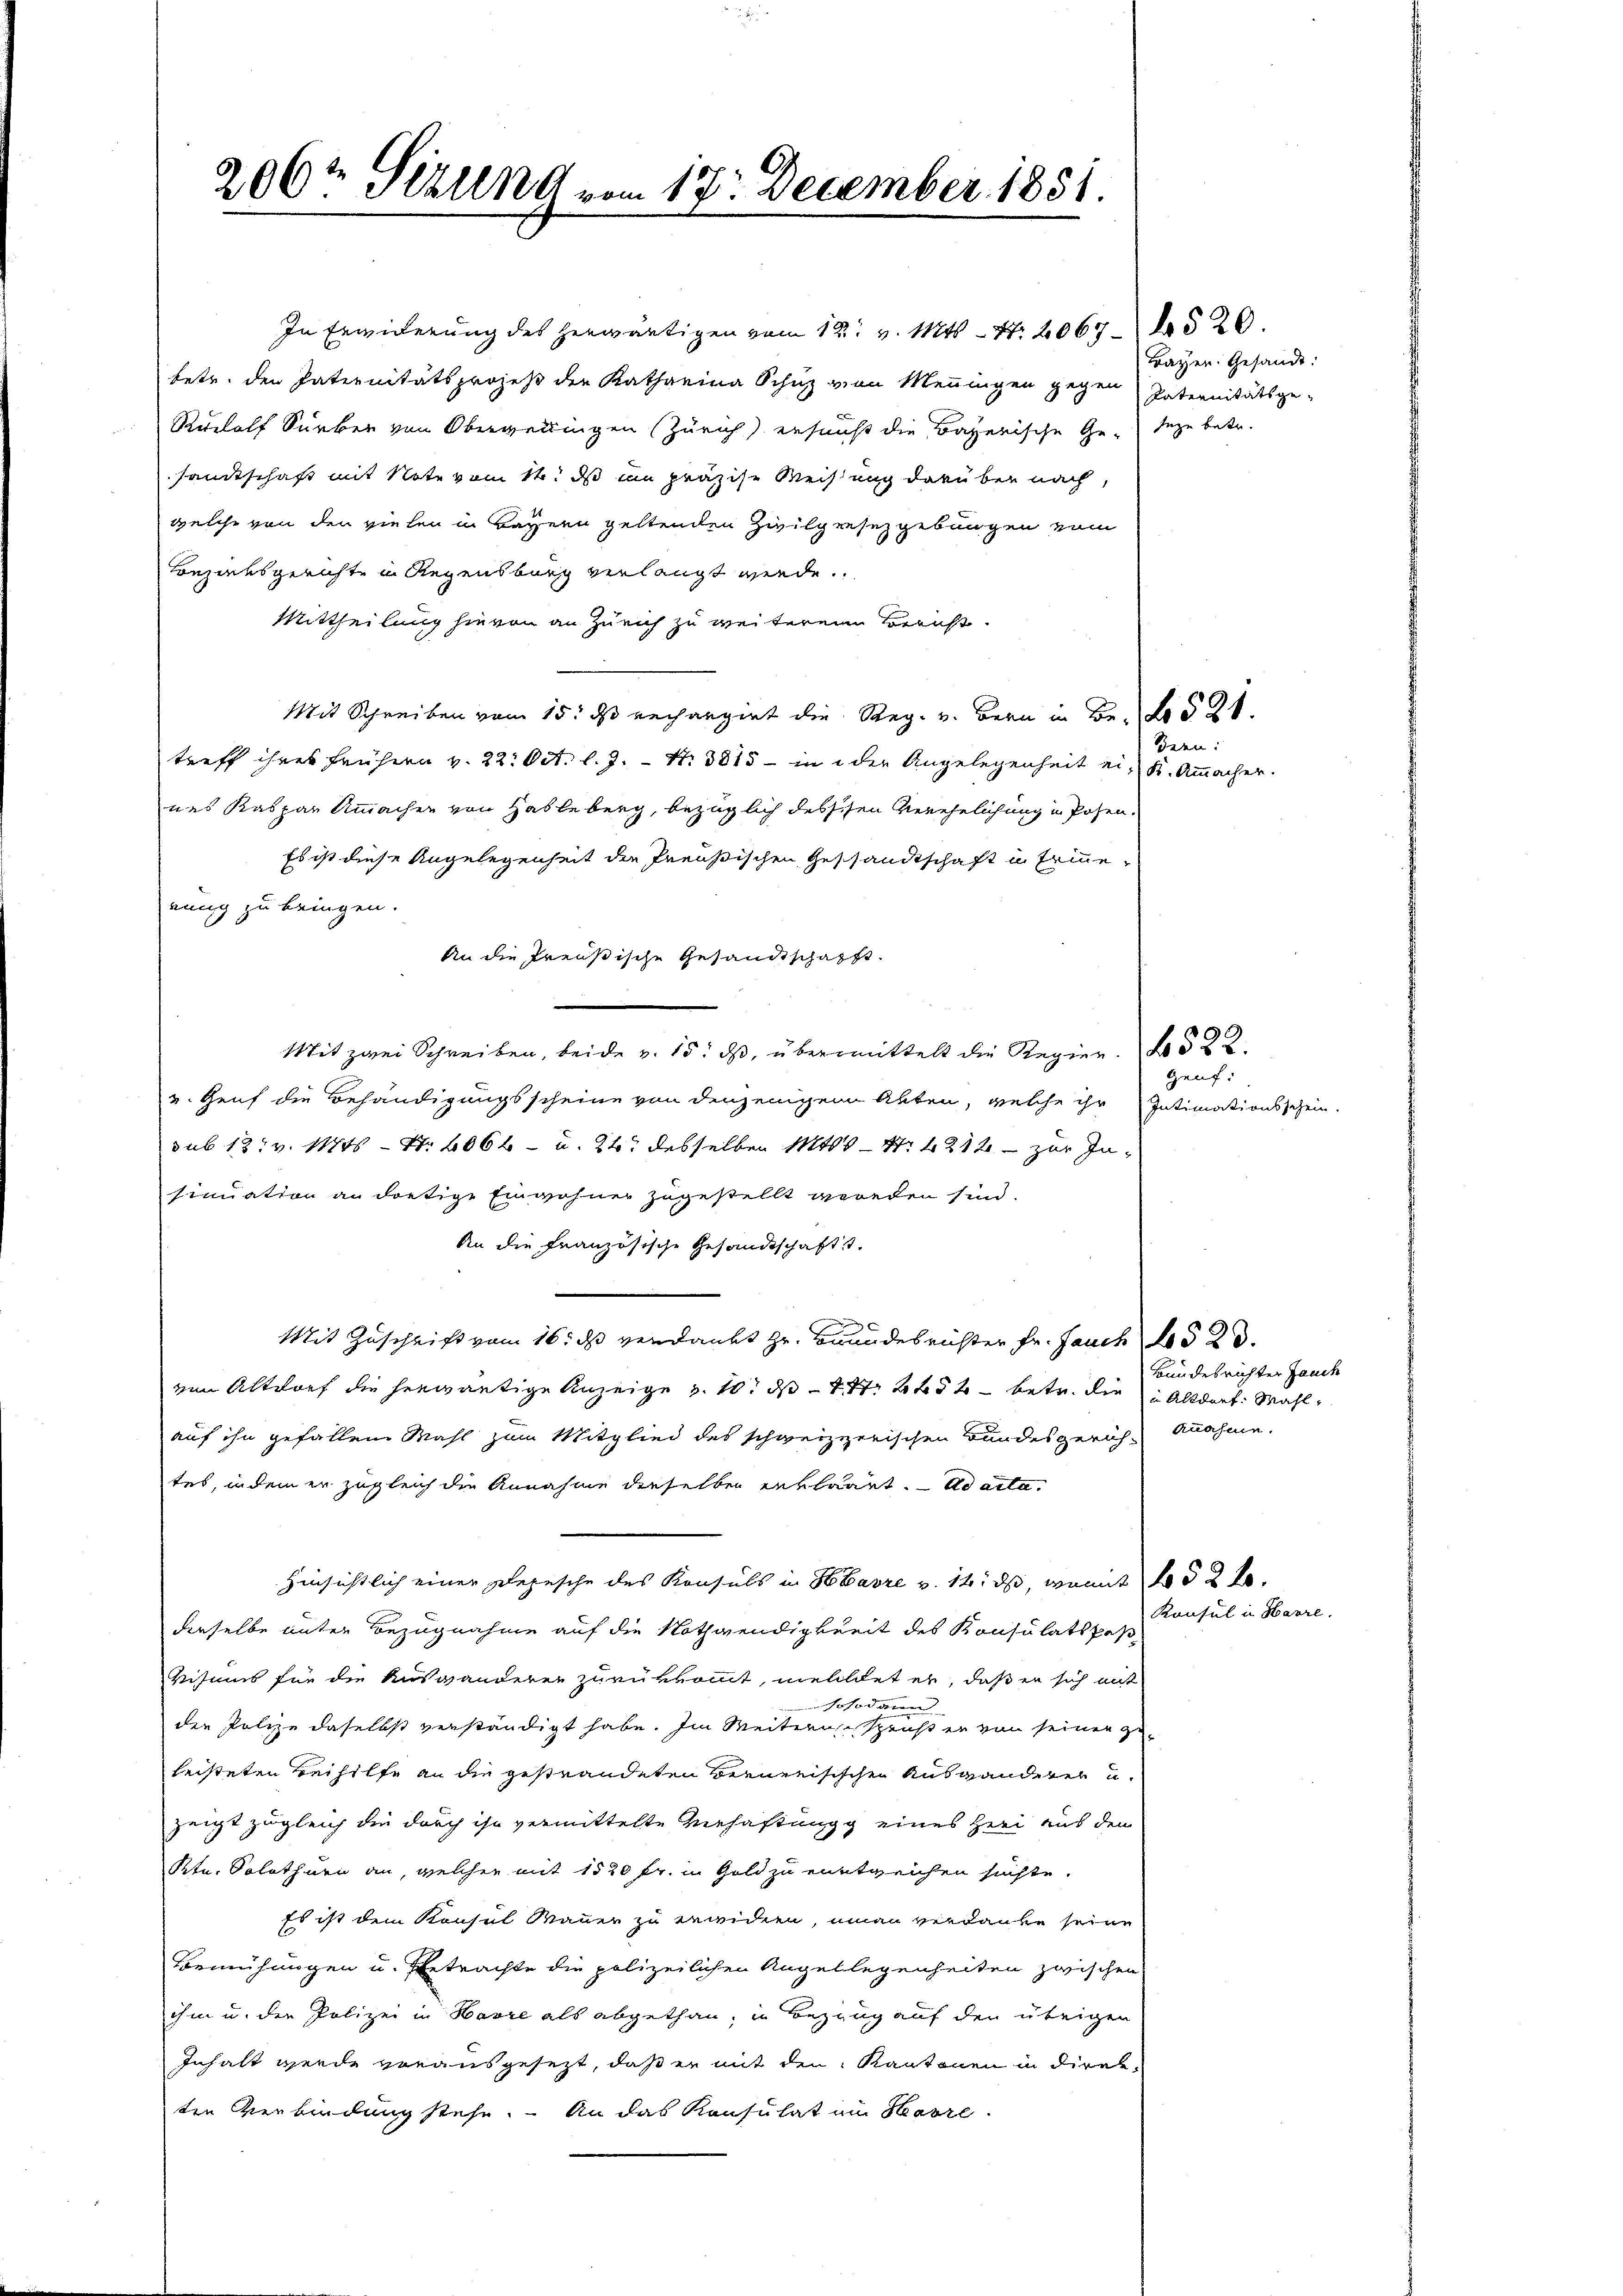
206t Sizung vom 17. December 1851.

betr. den Paternitätsprozeß der Katharina Schuz von Meningen gegen Paternitätsge-
Rudolf Surben von Obergeringen Zürich) ersunst die Bayerische Ge¬ seze betr.
sandtschaft mit Note vom 14. ds en präzise Weisung darüber nach,
welche von den vielen in Bayern geltenden Zivilgesetzgebungen vom
Bezirksgerichte in Regensburg verlangt werde.
Mittheilung hievon an Zürich zu weiteren Bericht.
Mit Schreiben vom 15. ds rechargirt die Reg. v. Bern in Bei No 524.
treff ihres frühern v. 22. Oct. l. J. – N. 3815 - in der Angelegenheit ein K. Ammacher.
nes Kaspar Ammacher von Hableberg, bezüglich dessesen Verehelichung in Posen
Es ist diese Angelegenheit die Preußischen Geschandschaft in Erinne
nung zu bringen.
An die Preußische Gesandtschafft
Mit zwei Schreiben, beide v. 15. ds, übermittelt die Regier. 522.
v. Genf die Behändigungsscheine von denjenigen Akten, welche ihr
sub 13. v. Mts - N. 406 - u. 24. desselben 1848 - N: 1212 - zur Insinuation an dortige Einwohner zugestellt werden sind.
An die Französische Gesandtschafts
Mit Zuschrift vom 16. ds verdankt zu Grundesrichter Fr. Jauch d
von Altdorf die herwärtige Anzeige v. 10. d. 147. 25 t - betr. die Altdorf. Wahl
auf ihn gefallen Mahl zum Mitglied des schweizzerischen Bundesgerich, Annahme.
tes, indem er zugleich die Annahme dieselben erkläret. - Ad acta.
Hinsichtlich einer Depesche des Konsuls in Havre v. 14. ds, womit 152 f.
dieselbe unter Bezugnahme auf die Nothwendigkeit des Konsulats pas
Visums für die Auswanderen zurükkommt, meldet er, daß er sich mit
sosodann
der Polize daselbst verständigt habe. Im Weitern spricht er von seiner geheisteten Beihilfe an die gestrandeten Bernerisischen Auswanderer u.
zeigt zugleich die durch ihn vermittelte Verhaftungg eines Heer aus den
Ktn. Solothurn an, welcher mit 1520 fr. in Gold zu entweichen suchte.
Es ist dem Konsul Mauer zu erwidern, man verdanke seine
Bemühungen u. Betrachte die polizeilichen Angellegenheiten zwischen
ihm u. der Polizei in Havre als abgethan, in Bezug auf den übrigen
Inhalt werde vorausgesezt, daß er mit den Kantonen in direkten Verbindung stehe. An das Konsulat im Habre

In Erwiderung des herwärtigen vom 12. v. Mts. - 4. 20676520.

Fayen. Gesandt:

Bern:

genf:
Intimationsschein.

Bundesrichter Jauch

Konsul in Havre.